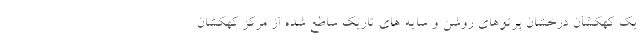
یک کهکشان درخشان پرتوهای روشن و سایه های تاریک ساطع شده از مرکز کهکشان